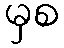
မှစ